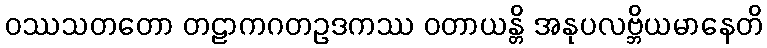
ဝဿသတတော တဠာကဂတဥဒကဿ ဝတာယန္တိ အနုပလဗ္ဘိယမာနေတိ